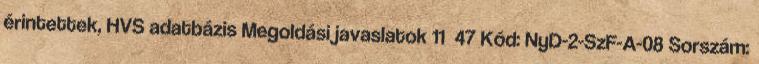
érintettek, HVS adatbázis Megoldási javaslatok 11 47 Kód: NyD-2-SzF-A-08 Sorszám: